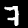
Label: 7